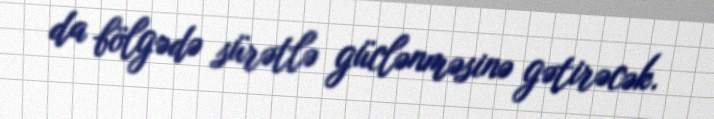
da bölgədə sürətlə güclənməsinə gətirəcək.